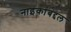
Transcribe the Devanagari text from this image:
नाइकांबद्दल